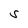
Character: S